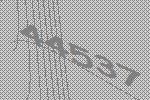
44537